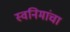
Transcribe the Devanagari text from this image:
स्वनिमांचा